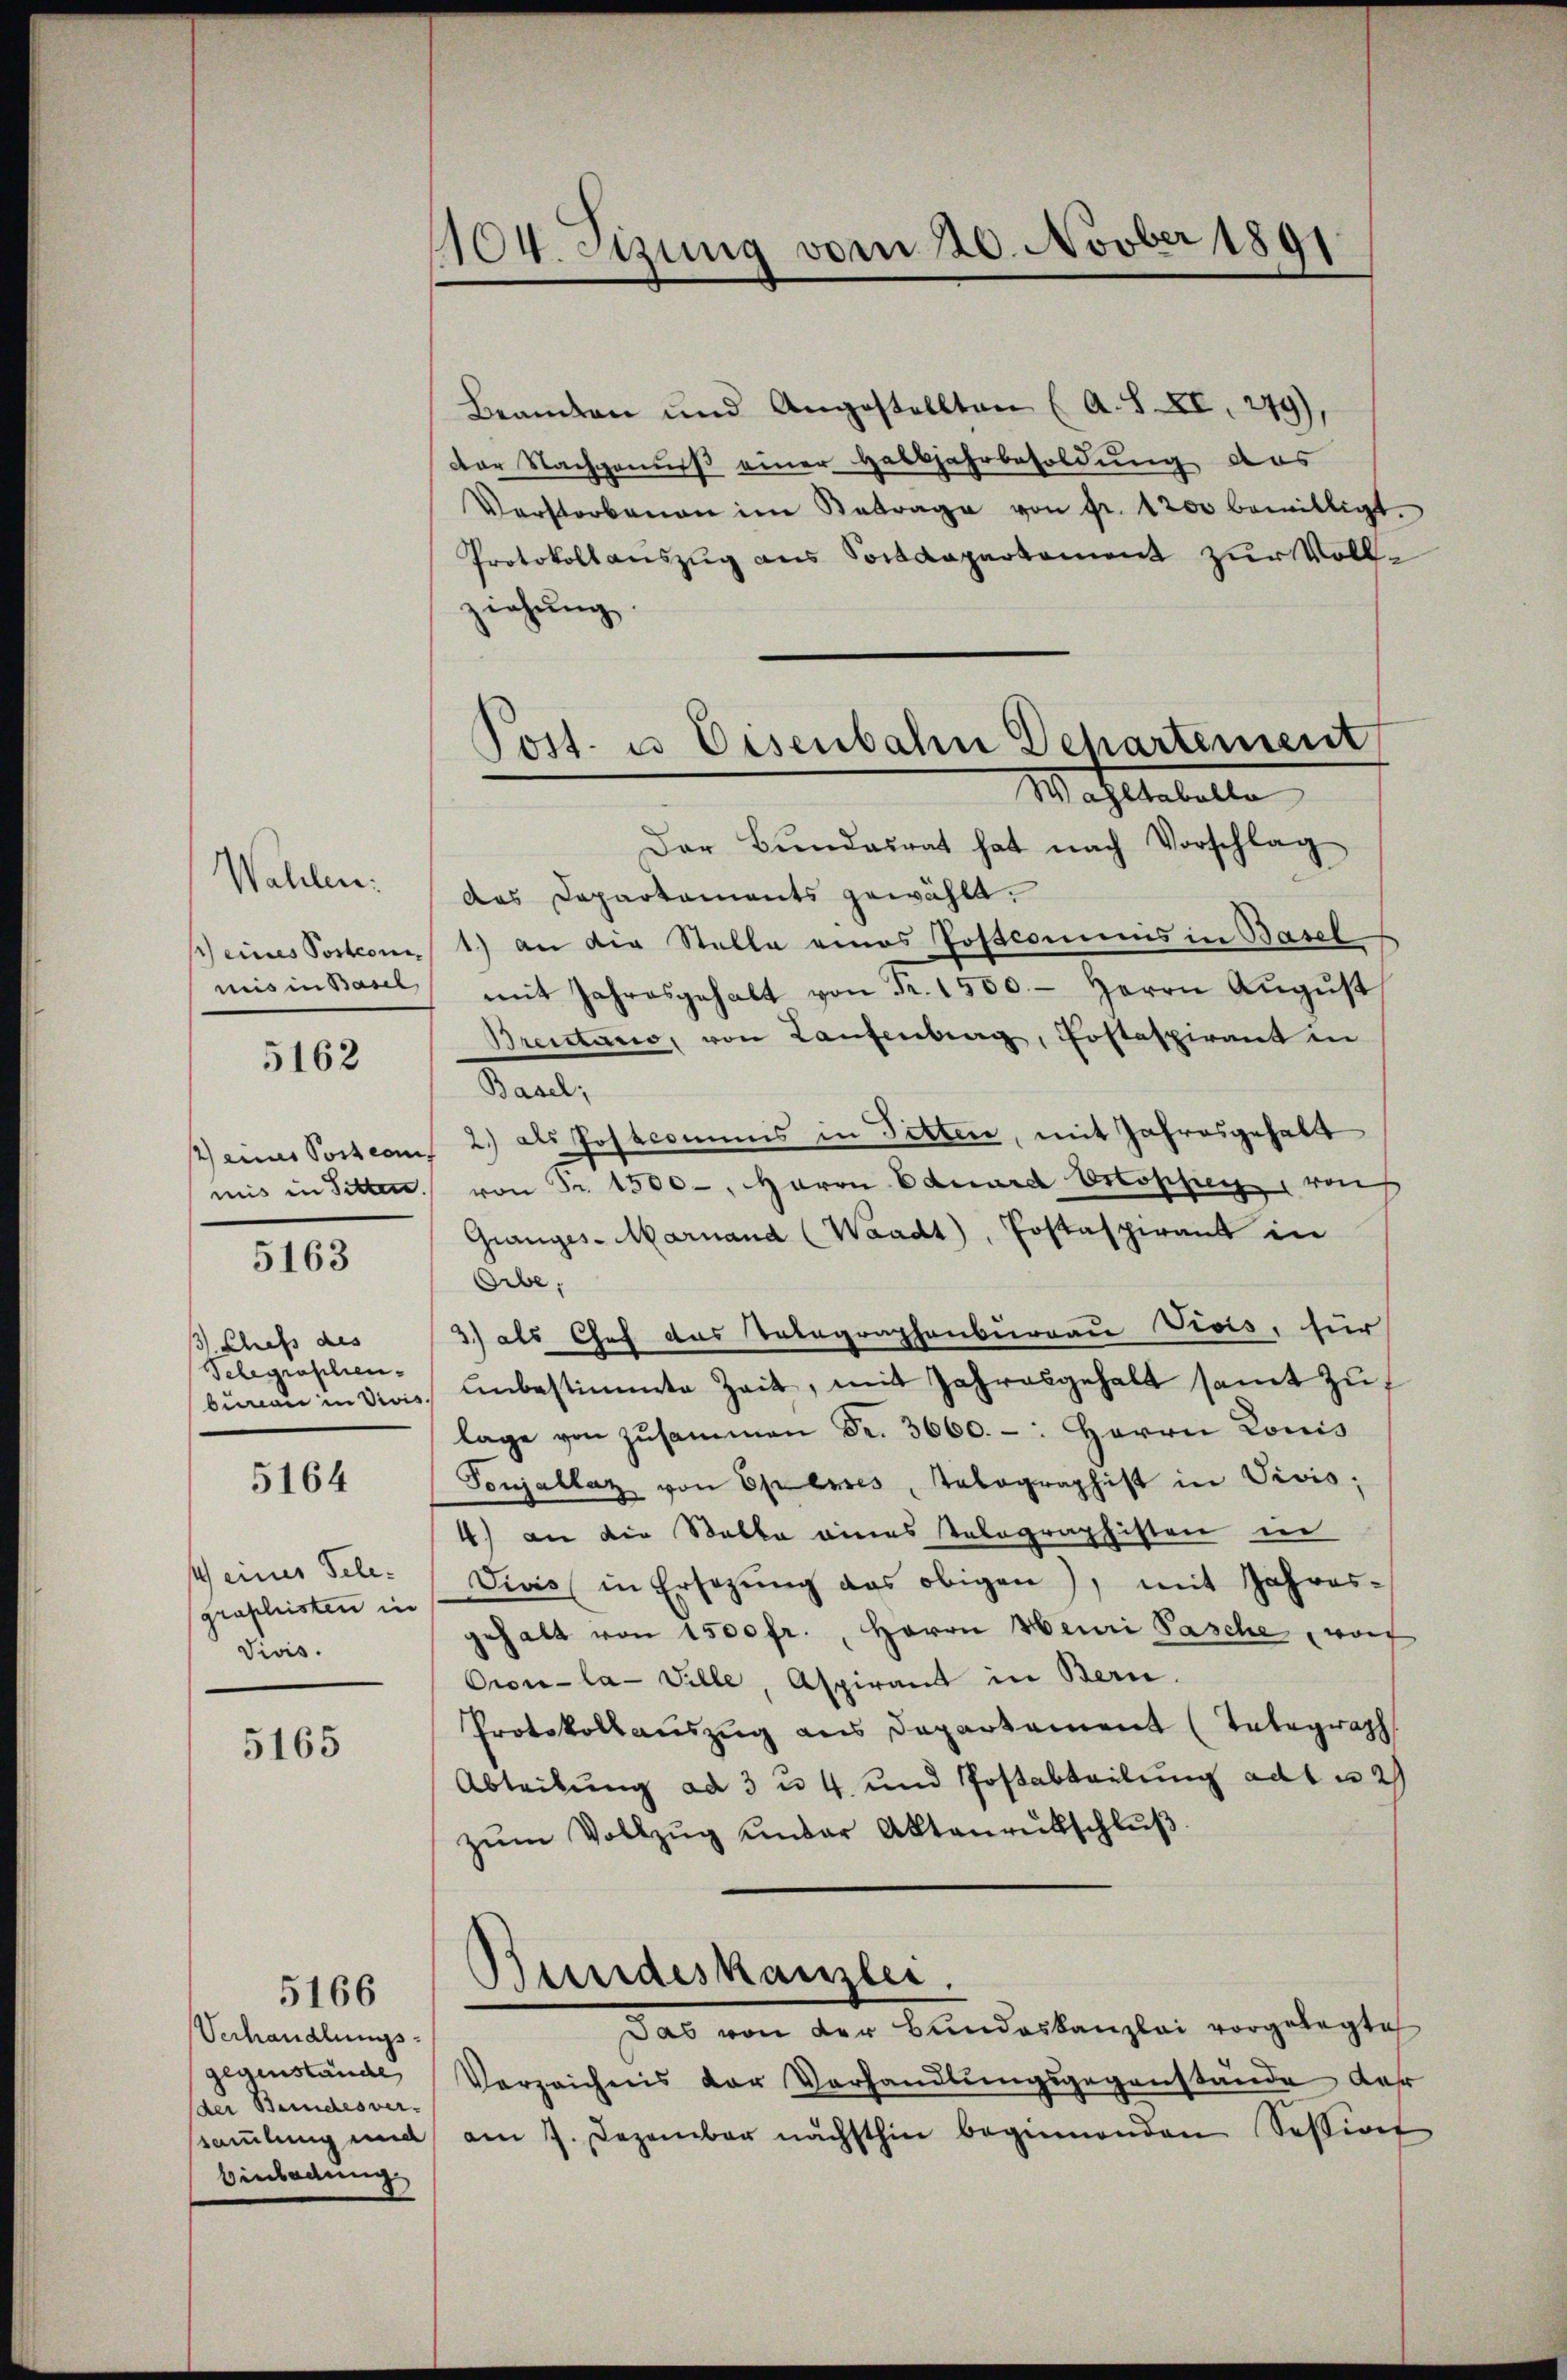
Wahlen.
s eines Postcomi
mis in Basel
5162

1) eines Posteam
mis in Sitten.

5163

Chefs des
Schegraschen-
bureau in Vivi

5164

s eines Telegraphisten in
Divis.

5165

Verhandlungsgegenstände
(der Bundesver-
Einladung

5166

1104. Sizung vom 20. Novber 1891

Beamten und Angestellten (A. S. XI. 279),
der Nachgenuß einer Habsjahrbesoldung des
Verstorbenen im Betrage von fr. 1200 bewilligt.
Protokollauszug aus Sostdepartement zur Vollziehung
Der Bŭndesrat hat nach Vorschlag
das Departaments gewählt.
1.) an die Stelle eines Postcommis in Basel
mit Jahresgehalt von Fr. 1500. - Herrn August
Breistano, von Laufenberg, Costaspirant in
Basel;
2.) als Postcommis in Pitten, mit Jahresgehalt
von Fr. 1500-, Herrn Eduard Ostophie von
Granges-Marnand (Waadt, Postaspirant in
Orbe,
3) als Chef das Telegraphenburgau Divis, für
unbestimmte Zeit, mit Jahresgehalt samt zuf
lage von zusammen Fr. 3660. -: Herrn Lonis
Vonjallaz von Openes, Tabagraphist in Vivis;
4) an die Stalka eines Telegraphisten in
Vivis in Ersetzung das obigen), mit Jahres-
gehalt von 1500 fr., Herrn Meuri Pasche, wof
Oron-la- Ville, Aspirant in Bern.
Protokollauszug aus Departament (Telegraph
Ableibung ad 3 u. 4 und Postabteilung ad u. 2
zŭm Vollzŭg ŭnter Aktenrütschlŭβ
Bundeskanzlei.
Das von der Bundeskanzlei vorgelegte
Verzeichnis der Verhandlungsgegenstände der
ssammlung und am 7. Dezember nächsthin beginnenden Session

Post. u. Eisenbahn Departement
Waltabelle